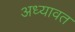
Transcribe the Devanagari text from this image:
अध्यावत